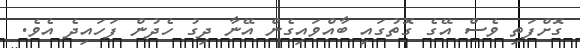
ގޮށްފަތި ވެސް އޭގެ ގޮތުގައި ބާއްވައިގެން އޭނާ ދިގު ހެދުން ފަހައިދެ އެވެ.